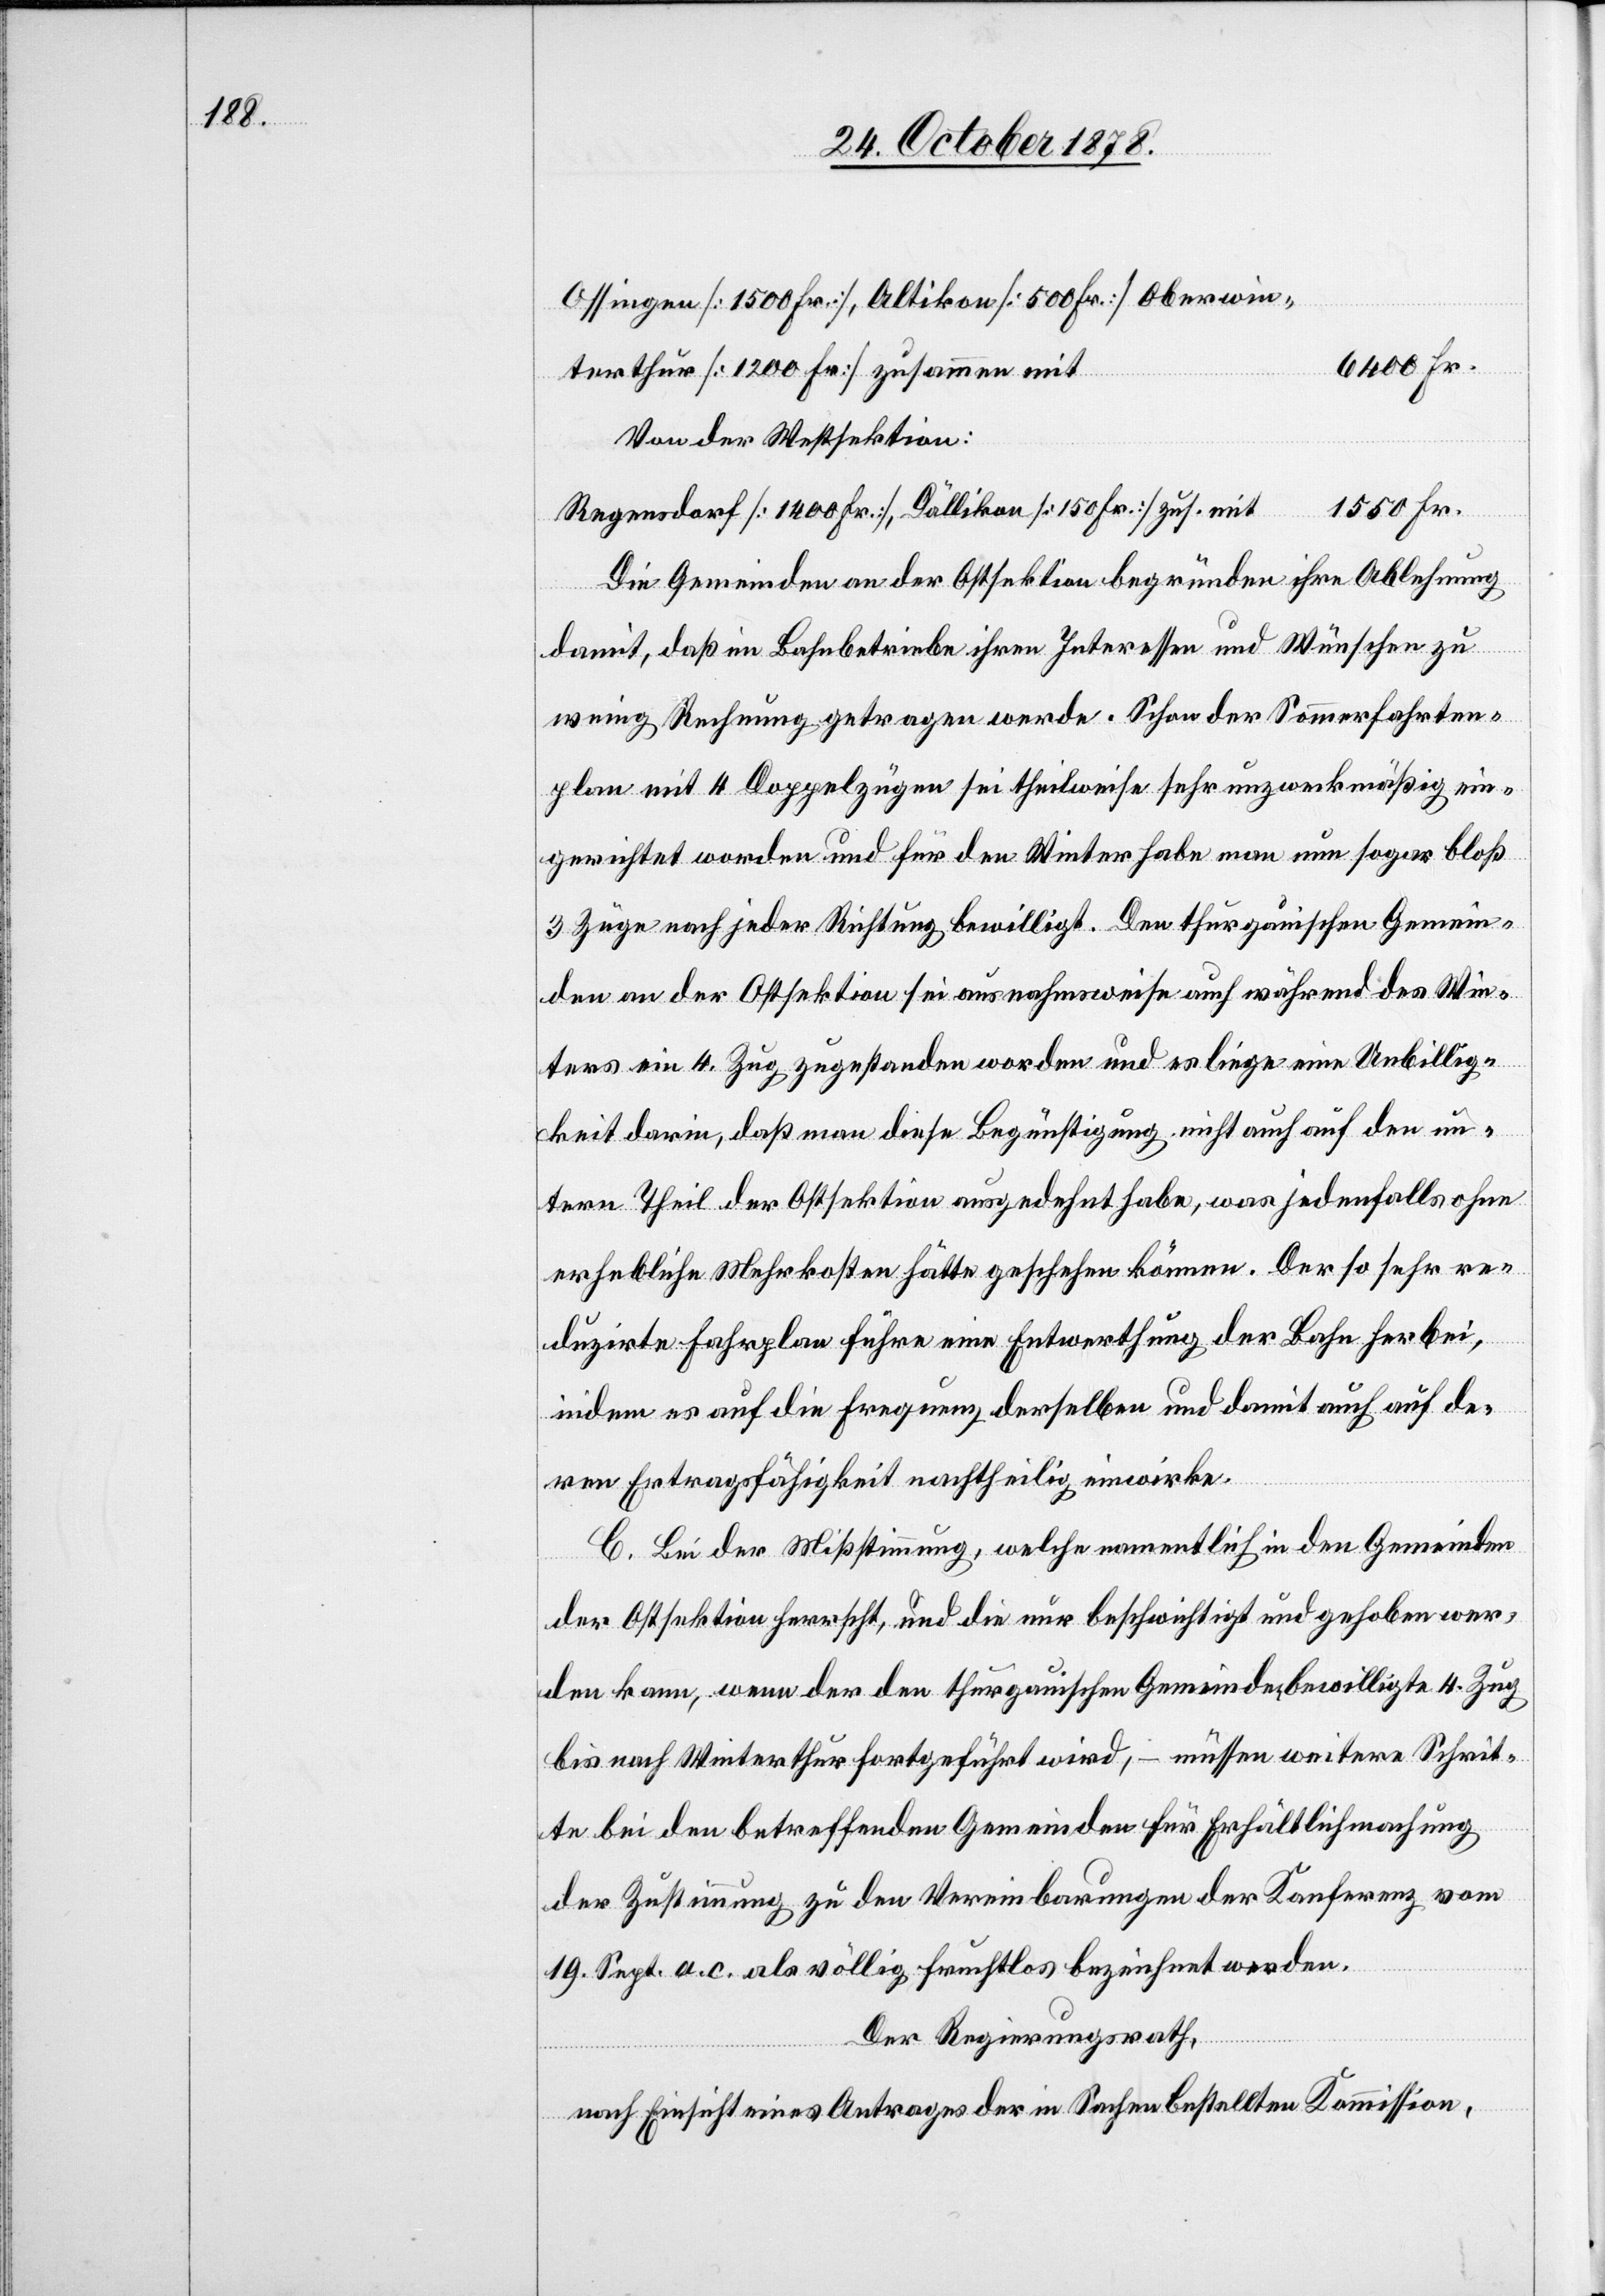
Ossingen [1500 Fr.], Altikon [500 Fr.],
6400 Fr.
terthur [1200 Fr.] zusammen mit
Von der Westsektion:
1550 Fr.
Regensdorf [1400 Fr.], Dällikon [150 Fr.] zus. mit
Die Gemeinden an der Ostektion begründen ihre Ablehnung
damit, daß im Bahnbetriebe ihren Interessen und Wünschen zu
wenig Rechnung getragen werde. Schon der Sommerfahrten¬
plan mit 4 Doppelzügen sei theilweise sehr unzweckmäßig ein¬
gerichtet worden und für den Winter habe man nun sogar bloß
3 Züge nach jeder Richtung bewilligt. Der thurgauischen Gemein¬
den an der Ostsektion sei ausnahmsweise auch während des Win¬
ters ein 4. Zug zugestanden worden und es liege eine Unbillig¬
keit darin, daß man diese Begünstigung nicht auch auf den un¬
tern Theil der Ostsektion ausgedehnt habe, was jedenfalls ohne
erhebliche Mehrkosten hätte geschehen können. Der so sehr re¬
duzirte Fahrplan führe eine Entwerthug der Bahn herbei,
indem es auf die Frequenz derselben und damit auch auf de¬
ren Ertragsfähigkeit nachtheilig einwirke.
C. Bei der Mißstimmung, welche namentlich in den Gemeinden
Oberwin¬
der Ostsektion herrscht, und die nur beschwichtigt und gehoben wer¬
den kann, wenn der den thurgauischen Gemeinden bewilligte 4. Zug
bis nach Winterthur fortgeführt wird, – müssen weitere Schrit¬
te bei den betreffenden Gemeinden für Erhältlichmachung
der Zustimmung zu den Vereinbarungen der Konferenz vom
19. Sept. a. c. als völlig fruchtlos bezeichnet werden.
Der Regierungsrath,
nach Einsicht eines Antrages der in Sachen bestellten Kommission,